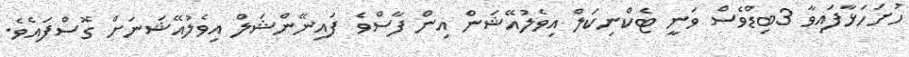
ހުށަހަޅާފައިވާ 3ބިޑްވެސް ވަނީ ޓެކްނިކަލް އިވެލުއޭޝަން އިން ފާސްވެ ފައިނޭންޝަލް އިވެލުއޭޝަނަށް ގޮސްފައެވެ.